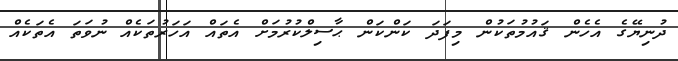
ދުނިޔޭގެ އެހެން ޤައުމުތަކުން މިފަދަ ކަންކަން ޙާސިލްކުރުމަށް އެތައް އަހަރުތަކެއް ނުވަތަ އެތަކެއް